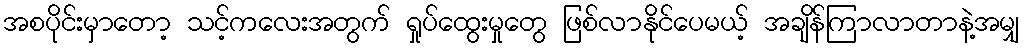
အစပိုင်းမှာတော့ သင့်ကလေးအတွက် ရှုပ်ထွေးမှုတွေ ဖြစ်လာနိုင်ပေမယ့် အချိန်ကြာလာတာနဲ့အမျှ